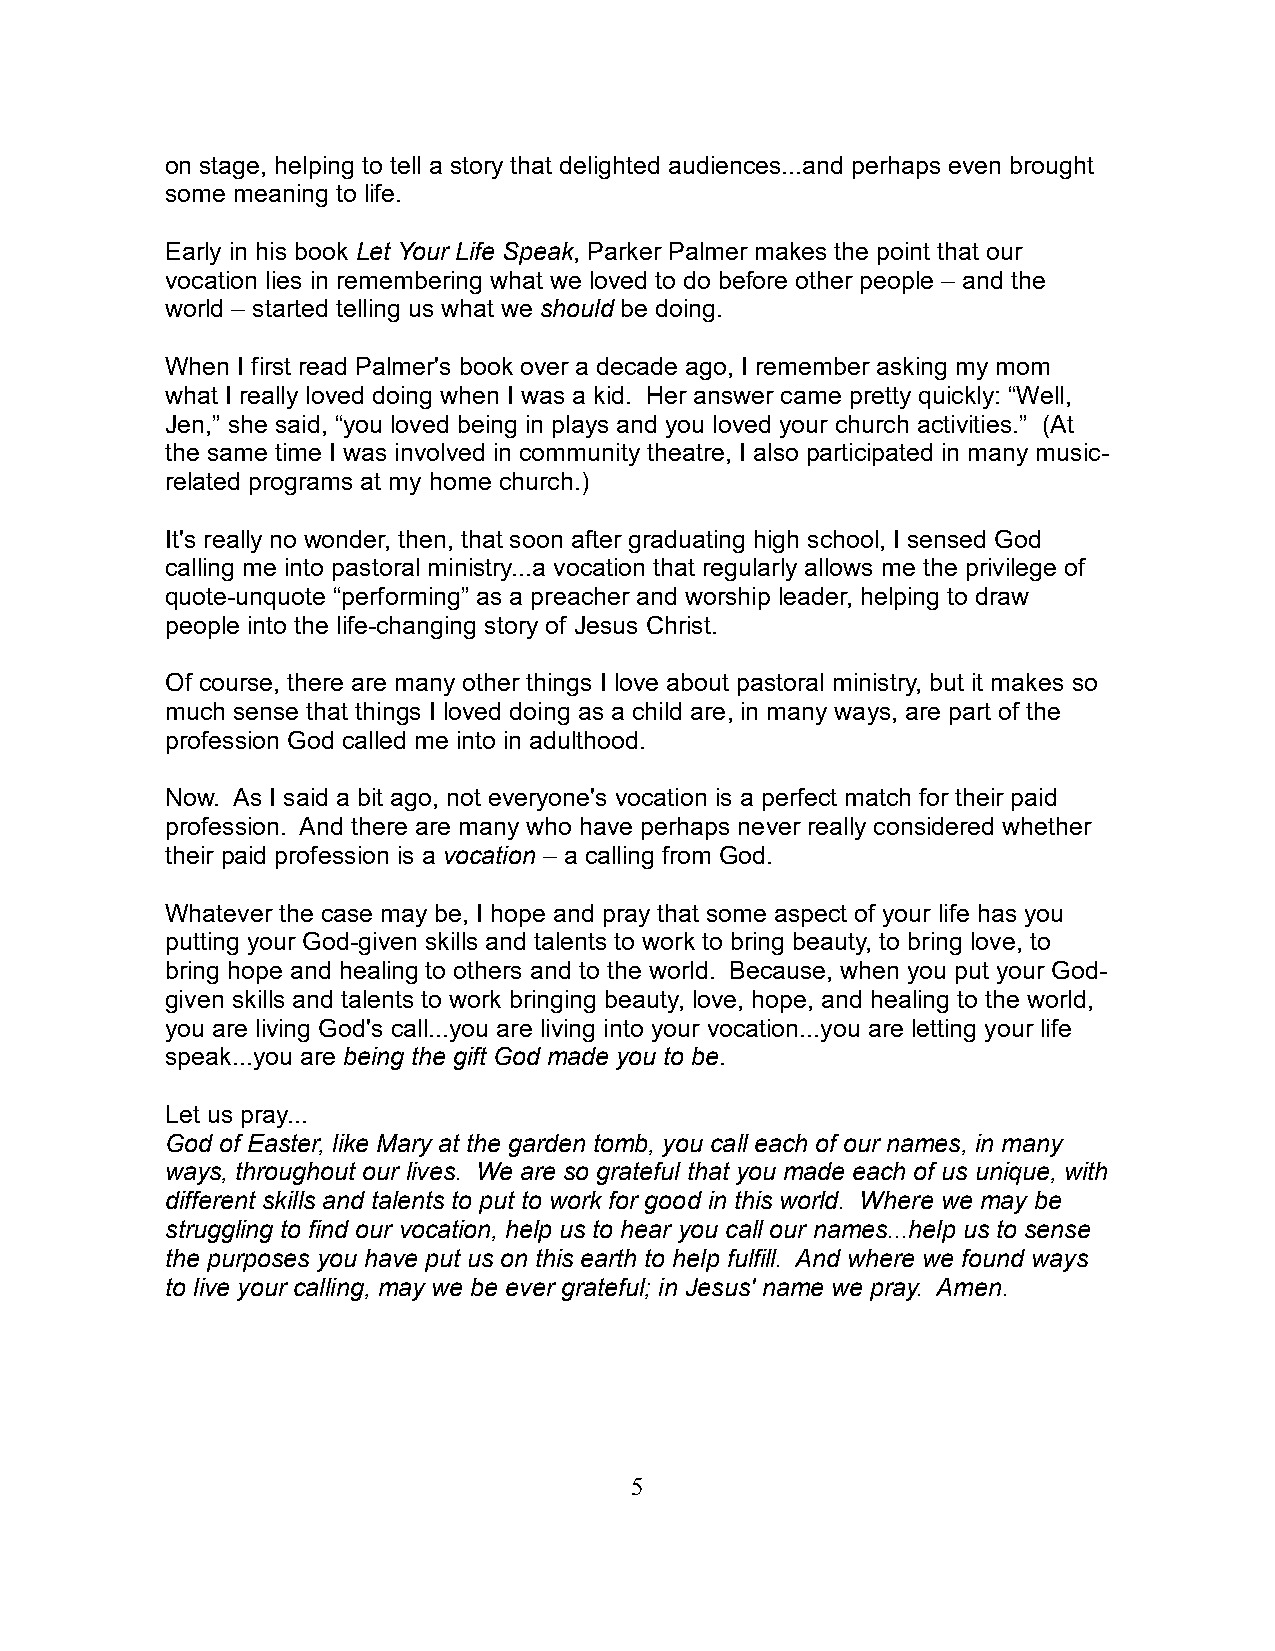
on stage, helping to tell a story that delighted audiences...and perhaps even brought
 some meaning to life.
 Early in his book Let Your Life Speak, Parker Palmer makes the point that our
 vocation lies in remembering what we loved to do before other people – and the
 world – started telling us what we should be doing.
 When I first read Palmer's book over a decade ago, I remember asking my mom
 what I really loved doing when I was a kid. Her answer came pretty quickly: “Well,
 Jen,” she said, “you loved being in plays and you loved your church activities.” (At
 the same time I was involved in community theatre, I also participated in many music-
 related programs at my home church.)
 It's really no wonder, then, that soon after graduating high school, I sensed God
 calling me into pastoral ministry...a vocation that regularly allows me the privilege of
 quote-unquote “performing” as a preacher and worship leader, helping to draw
 people into the life-changing story of Jesus Christ.
 Of course, there are many other things I love about pastoral ministry, but it makes so
 much sense that things I loved doing as a child are, in many ways, are part of the
 profession God called me into in adulthood.
 Now. As I said a bit ago, not everyone's vocation is a perfect match for their paid
 profession. And there are many who have perhaps never really considered whether
 their paid profession is a vocation – a calling from God.
 Whatever the case may be, I hope and pray that some aspect of your life has you
 putting your God-given skills and talents to work to bring beauty, to bring love, to
 bring hope and healing to others and to the world. Because, when you put your God-
 given skills and talents to work bringing beauty, love, hope, and healing to the world,
 you are living God's call...you are living into your vocation...you are letting your life
 speak...you are being the gift God made you to be.
 Let us pray...
 God of Easter, like Mary at the garden tomb, you call each of our names, in many
 ways, throughout our lives. We are so grateful that you made each of us unique, with
 different skills and talents to put to work for good in this world. Where we may be
 struggling to find our vocation, help us to hear you call our names...help us to sense
 the purposes you have put us on this earth to help fulfill. And where we found ways
 to live your calling, may we be ever grateful; in Jesus' name we pray. Amen.
 5